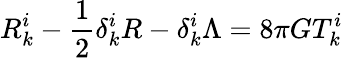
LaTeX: R_{k}^{i}-\frac{1}{2}\delta_{k}^{i}R-\delta_{k}^{i}\Lambda=8\pi GT_{k}^{i}